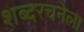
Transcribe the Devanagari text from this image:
शब्दरचनेला